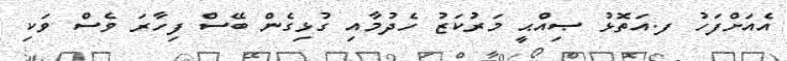
އެއަށްފަހު ފ.އަތޮޅު ޞިއްޙީ މަރުކަޒު ހެދުމާއި ގުޅިގެން ބޭސް ފިހާރަ ވެސް ވަކި